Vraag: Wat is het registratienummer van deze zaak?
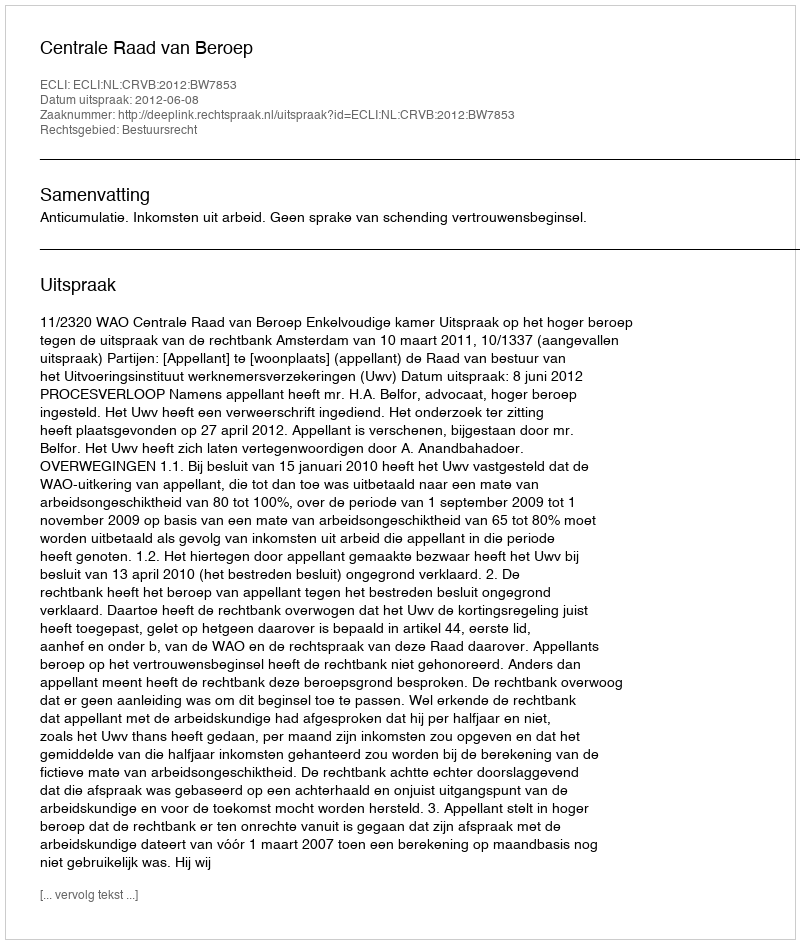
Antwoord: http://deeplink.rechtspraak.nl/uitspraak?id=ECLI:NL:CRVB:2012:BW7853